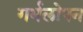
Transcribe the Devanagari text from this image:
गर्भलोपन